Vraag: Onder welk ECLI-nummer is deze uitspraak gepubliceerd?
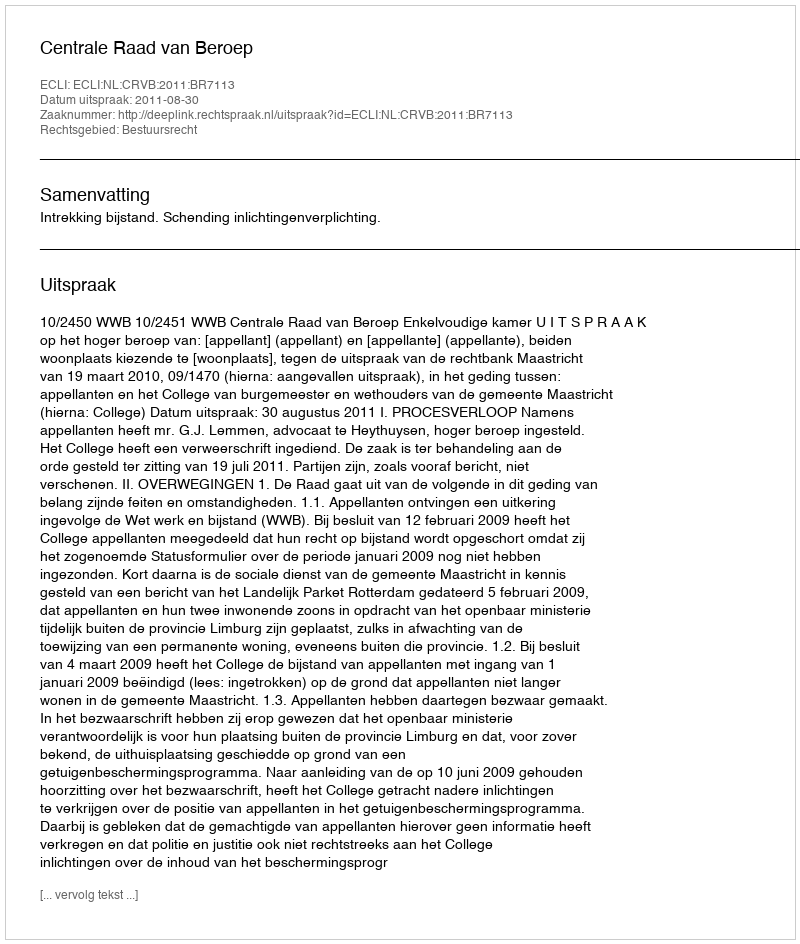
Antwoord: ECLI:NL:CRVB:2011:BR7113